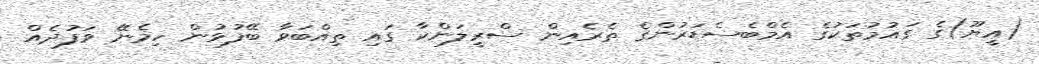
(އީޔޫ)ގެ ގައުމުތަކުގެ އެމްބެސެޑަރުންގެ ތެރެއިން ސްރީލަންކާ ގައި ތިއްބަވާ ބޭފުޅުން ހިމެނޭ ވަފުދެއް